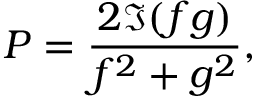
P = \frac { 2 \Im ( f g ) } { f ^ { 2 } + g ^ { 2 } } ,